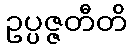
ဥပ္ပဇ္ဇတီတိ